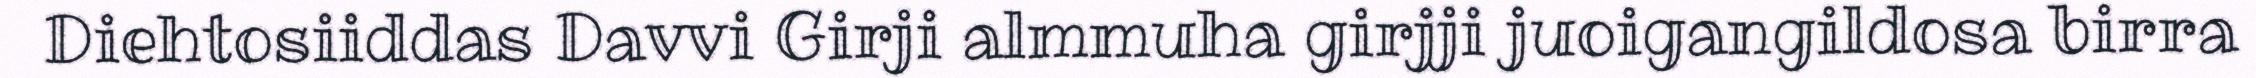
Diehtosiiddas Davvi Girji almmuha girjji juoigangildosa birra